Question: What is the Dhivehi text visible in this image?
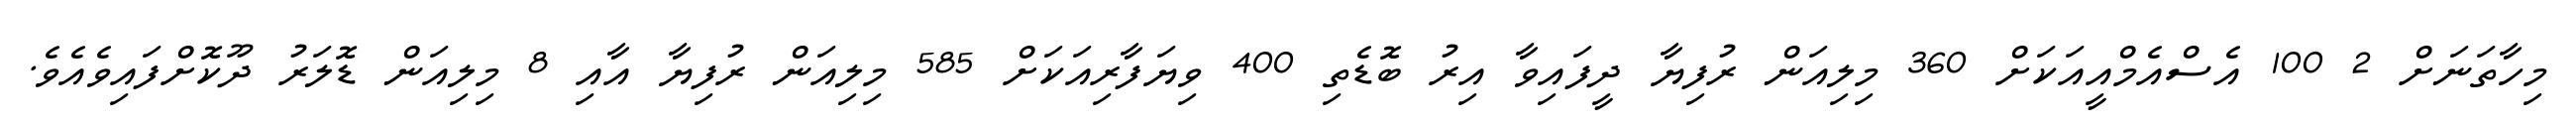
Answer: މިހާތަނަށް 2 100 އެސްއެމްއީއަކަށް 360 މިލިއަން ރުފިޔާ ދީފައިވާ އިރު ބޮޑެތި 400 ވިޔަފާރިއަކަށް 585 މިލިއަން ރުފިޔާ އާއި 8 މިލިއަން ޑޮލަރު ދޫކޮށްފައިވެއެވެ.